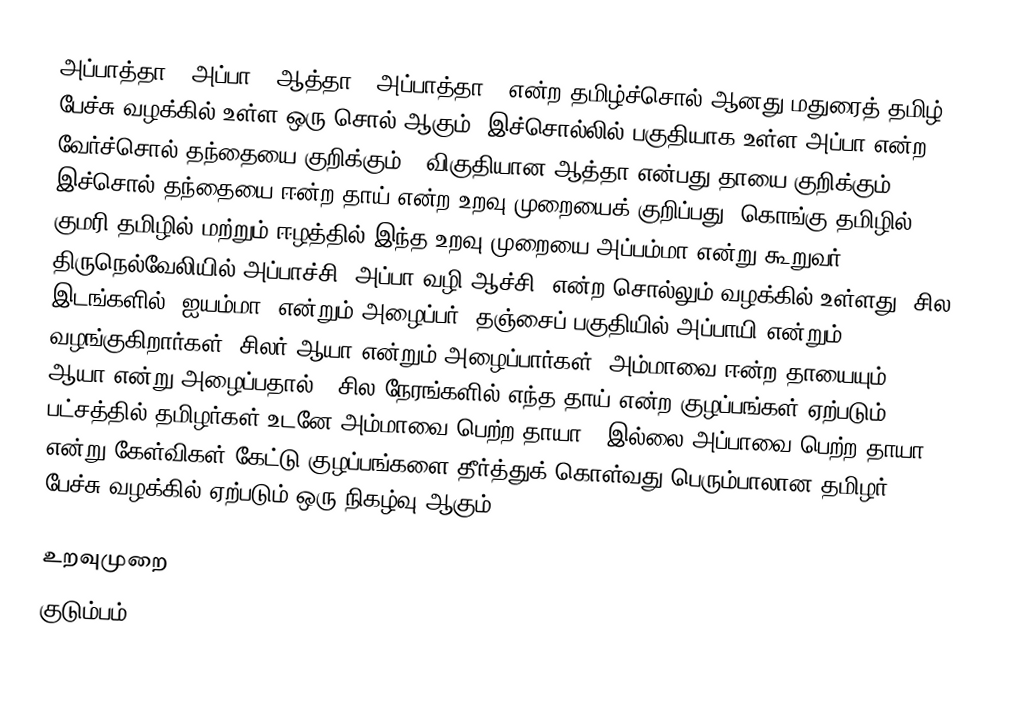
அப்பாத்தா ( அப்பா + ஆத்தா = அப்பாத்தா ) என்ற தமிழ்ச்சொல் ஆனது மதுரைத் தமிழ் பேச்சு வழக்கில் உள்ள ஒரு சொல் ஆகும். இச்சொல்லில் பகுதியாக உள்ள அப்பா என்ற வேர்ச்சொல் தந்தையை குறிக்கும் . விகுதியான ஆத்தா என்பது தாயை குறிக்கும் . இச்சொல் தந்தையை ஈன்ற தாய் என்ற உறவு முறையைக் குறிப்பது. கொங்கு தமிழில், குமரி தமிழில் மற்றும் ஈழத்தில் இந்த உறவு முறையை அப்பம்மா என்று கூறுவர். திருநெல்வேலியில் அப்பாச்சி (அப்பா வழி ஆச்சி) என்ற சொல்லும் வழக்கில் உள்ளது. சில இடங்களில் "ஐயம்மா" என்றும் அழைப்பர். தஞ்சைப் பகுதியில் அப்பாயி என்றும் வழங்குகிறார்கள். சிலர் ஆயா என்றும் அழைப்பார்கள். அம்மாவை ஈன்ற தாயையும் ஆயா என்று அழைப்பதால் , சில நேரங்களில் எந்த தாய் என்ற குழப்பங்கள் ஏற்படும் பட்சத்தில் தமிழர்கள் உடனே அம்மாவை பெற்ற தாயா ? இல்லை அப்பாவை பெற்ற தாயா ? என்று கேள்விகள் கேட்டு குழப்பங்களை தீர்த்துக் கொள்வது பெரும்பாலான தமிழர் பேச்சு வழக்கில் ஏற்படும் ஒரு நிகழ்வு ஆகும் .

உறவுமுறை
குடும்பம்